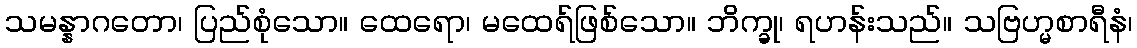
သမန္နာဂတော၊ ပြည်စုံသော။ ထေရော၊ မထေရ်ဖြစ်သော။ ဘိက္ခု၊ ရဟန်းသည်။ သဗြဟ္မစာရီနံ၊